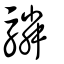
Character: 驎